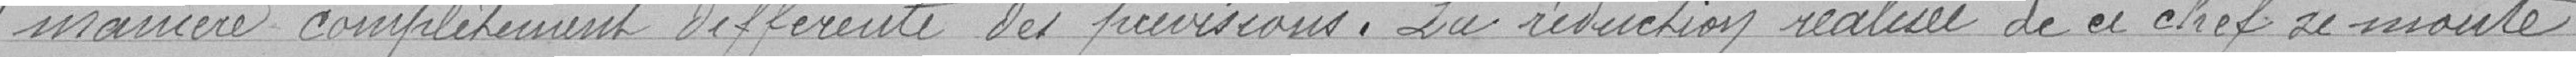
" manière complètement différente des prévisions. La réduction réalisée de ce chef se monte